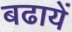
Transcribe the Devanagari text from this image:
बढायें